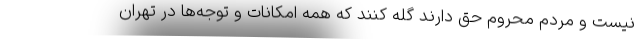
نیست و مردم محروم حق دارند گله کنند که همه امکانات و توجه‌ها در تهران